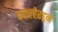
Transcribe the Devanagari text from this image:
ग्वाल्हेरहून